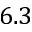
6 . 3